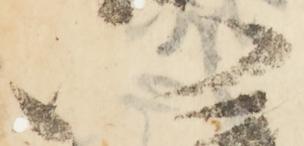
以